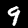
Digit: 9